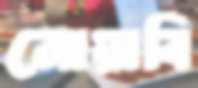
নোয়াবি